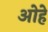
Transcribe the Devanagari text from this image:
ओहे